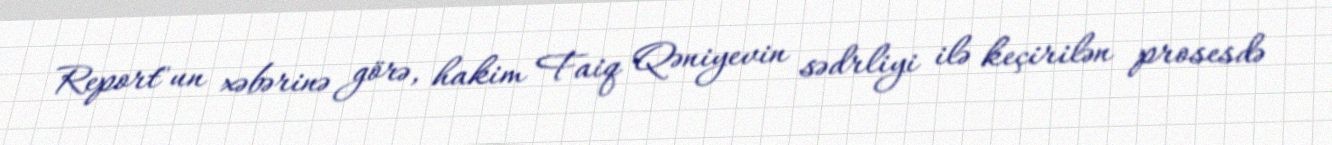
Report"un xəbərinə görə, hakim Faiq Qəniyevin sədrliyi ilə keçirilən prosesdə